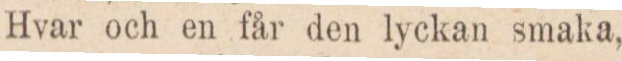
Hvar och en får den lyckan smaka,